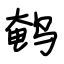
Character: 鹌